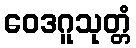
ဝေဒဂူသုတ္တံ